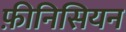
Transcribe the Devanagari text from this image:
फ़ीनिसियन